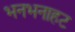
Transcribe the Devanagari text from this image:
भनभनाहट